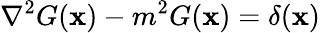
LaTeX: \nabla^{2}G(\mathbf{x})-m^{2}G(\mathbf{x})=\delta(\mathbf{x})